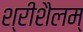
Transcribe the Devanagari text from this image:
श्रीशैलम्